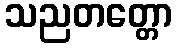
သညတတ္တော